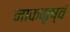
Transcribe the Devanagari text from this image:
नाकमृष्वं